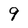
Character: 9